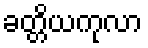
ခတ္တိယကုလာ